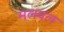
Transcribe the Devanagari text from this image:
मलयल